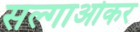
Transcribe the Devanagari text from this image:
सल्गाओकर